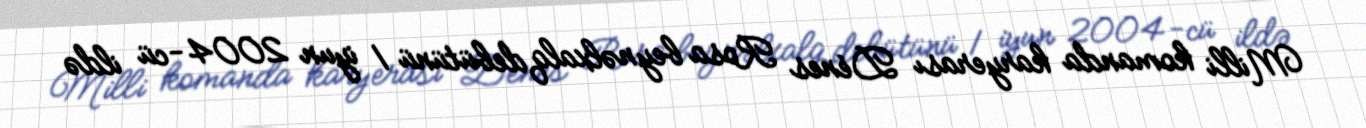
Milli komanda karyerası Dénes Rosa beynəlxalq debütünü 1 iyun 2004-cü ildə